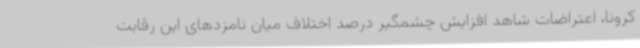
کرونا، اعتراضات شاهد افزایش چشمگیر درصد اختلاف میان نامزدهای این رقابت